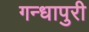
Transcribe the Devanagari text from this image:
गन्धापुरी